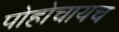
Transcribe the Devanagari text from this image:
पोहोचायच